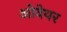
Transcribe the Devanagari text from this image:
ओवेयर